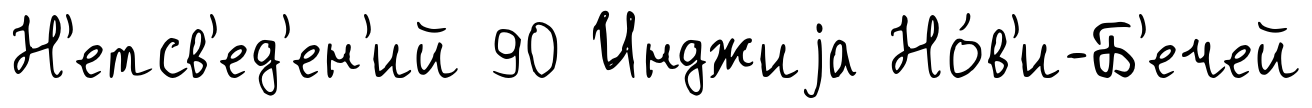
Н'етсв'ед'ен'ий 90 Инджиjа Но́в'и-Б'ечей